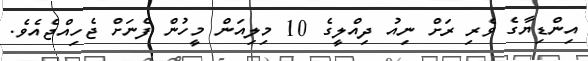
އިންޑިޔާގެ ވެރި ރަށް ނިއު ދިއްލީގެ 10 މިލިއަން މީހުން ފެނަށް ޖެހިއްޖެއެވެ.